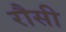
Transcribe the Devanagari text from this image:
रौसी